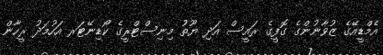
އެމްޑީއޭގެ ޒުވާނުންގެ ގޮފީގެ ރައީސް އަދި ޔޫތު މިނިސްޓްރީގެ ކޯޑިނޭޓަރ އަހުމަދު ރީހާން